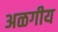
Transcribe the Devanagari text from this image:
अळगीय